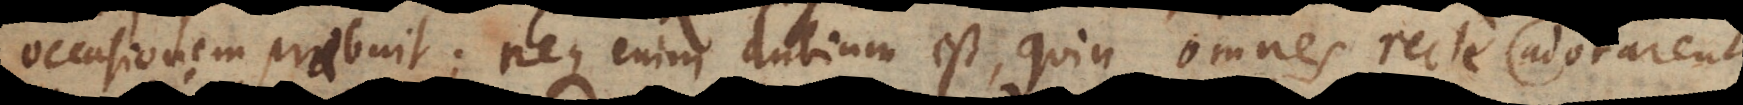
casionem praebuit; neque enim dubium est, quin omnes adorationis